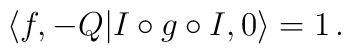
\langle f, -Q|I\circ g\circ I,0\rangle  =1 \, .